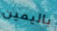
باليمين